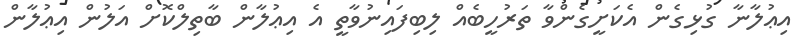
އިޢުލާނާ ގުޅިގެން އެކަށީގެންވާ ތަރުހީބެއް ލިބިފައިނުވާތީ އެ އިޢުލާން ބާތިލްކޮށް އަލުން އިޢުލާން